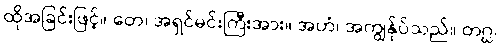
ထိုအခြင်းဖြင့်။ တေ၊ အရှင်မင်းကြီးအား။ အဟံ၊ အကျွန်ုပ်သည်။ တဂ္ဃ၊